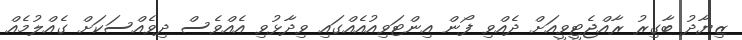
ޒިޔާދު ބާގިރު ރާއްޖެޓީވީއަށް ދެއްވި ފޯން އިންޓަވިއުއެއްގައި ވިދާޅުވި އެއްވެސް ދިވެއްސަކަށް ގެއްލުމެއް